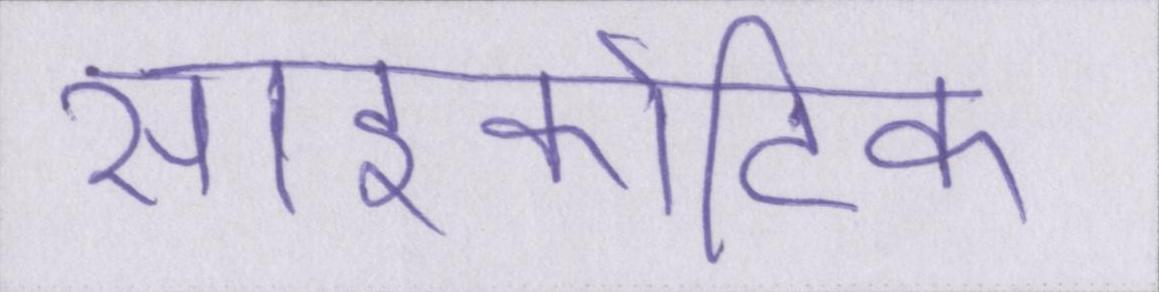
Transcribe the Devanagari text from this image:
साइकोटिक